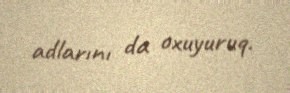
adlarını da oxuyuruq.